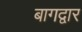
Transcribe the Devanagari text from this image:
बागद्वार